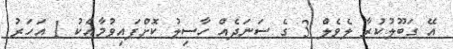
އޭ ގަބޫލުކުރާ ލެވެލް 3 ގެ ސަނަދެއް ހާސިލު ކޮށްފައިވުމާއެކު 1 އަހަރު